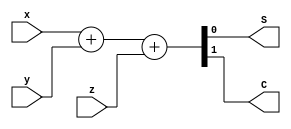
module full_adder_beh(x,y,z,S,C);
  input x,y,z;
  output reg S,C;
  always @(x,y,z)
  begin
    {C,S}=x+y+z;
  end
endmodule

module four_bit_adder(a,b,cin,S,C);
  input [3:0]a,b;
  input cin;
  output [3:0]S,C;
  full_adder_beh FA1(a[0],b[0],cin,S[0],C[0]);
  full_adder_beh FA2(a[1],b[1],C[0],S[1],C[1]);
  full_adder_beh FA3(a[2],b[2],C[1],S[2],C[2]);
  full_adder_beh FA4(a[3],b[3],C[2],S[3],C[3]);
endmodule

module four_bit_adder_tb;
reg [3:0]a,b;
reg cin;
wire [3:0]S,C;
four_bit_adder Adder(a,b,cin,S,C);
initial
begin
cin=0;
a=4'b0110;
b=4'b1100;
#10
a=4'b1010;
b=4'b0110;
#10
a=4'b0010;
b=4'b1000;
#10
a=4'b1111;
b=4'b0010;
#10 $stop;
end
endmodule